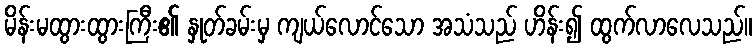
မိန်းမထွားထွားကြီး၏ နှုတ်ခမ်းမှ ကျယ်လောင်သော အသံသည် ဟိန်း၍ ထွက်လာလေသည်။